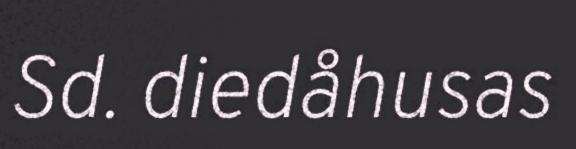
Sd. diedåhusas